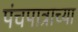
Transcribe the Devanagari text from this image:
पंचपात्राच्या